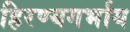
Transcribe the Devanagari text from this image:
हिरण्यगर्भाय